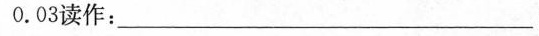
0.03读作：____